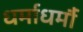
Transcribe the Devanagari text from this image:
धर्माधर्मौ